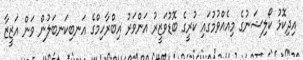
އިދިކޮޅު ކޯލިޝަނުގެ މިއެއްވުމުގައި ކުރީގެ ބޮޑުވަޒީރު އަންވަރު އިބްރާހިމްގެ އަނބިކަނބަލުން ވަން އަޒީޒާ